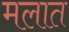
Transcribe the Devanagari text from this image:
मलात